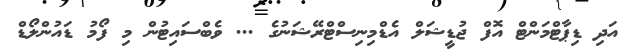
އަދި ޑިޕާޓްމަންޓް އޮފް ޖުޑީޝަލް އެޑްމިނިސްޓްރޭޝަނުގެ ... ވެބްސައިޓުން މި ފޯމު ޑައުންލޯޑް